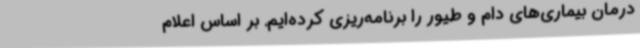
درمان بیماری‌های دام و طیور را برنامه‌ریزی کرده‌ایم. بر اساس اعلام